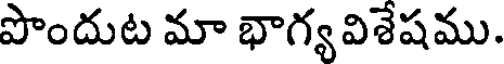
పొందుట మా భాగ్య విశేషము.